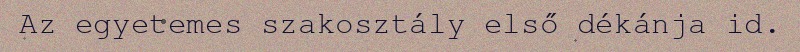
Az egyetemes szakosztály első dékánja id.